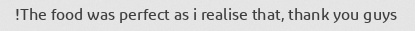
The food was perfect as i realise that, thank you guys!